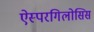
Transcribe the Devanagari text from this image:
ऐस्परगिलोसिस